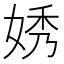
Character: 㛢